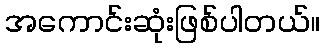
အကောင်းဆုံးဖြစ်ပါတယ်။